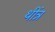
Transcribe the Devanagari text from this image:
थींत्र